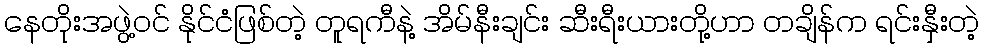
နေတိုးအဖွဲ့ဝင် နိုင်ငံဖြစ်တဲ့ တူရကီနဲ့ အိမ်နီးချင်း ဆီးရီးယားတို့ဟာ တချိန်က ရင်းနှီးတဲ့